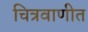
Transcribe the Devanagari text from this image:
चित्रवाणीत